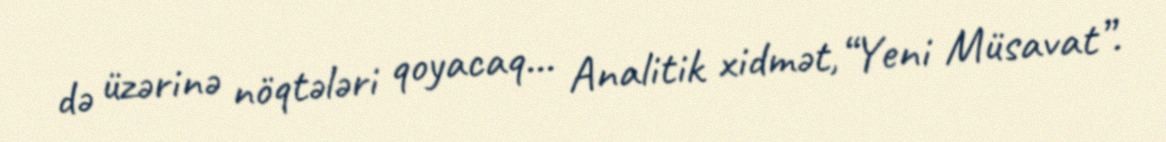
də üzərinə nöqtələri qoyacaq... Analitik xidmət,“Yeni Müsavat”.